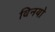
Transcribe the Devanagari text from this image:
विनयो